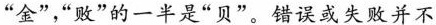
”金”，”败”的一半是”贝”。错误或失败并不